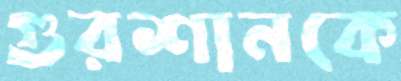
গুরশানকে